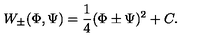
W _ { \pm } ( \Phi , \Psi ) = \frac { 1 } { 4 } ( \Phi \pm \Psi ) ^ { 2 } + C .